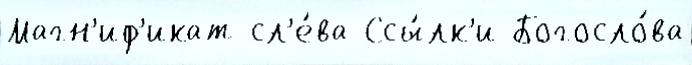
Магн'иф'икат сл'е́ва Ссы́лк'и Богосло́ва